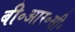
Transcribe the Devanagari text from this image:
बी॰आर॰सी॰